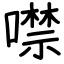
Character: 噤